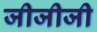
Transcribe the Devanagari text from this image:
जीजीजी